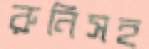
রুনিসহ